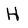
Character: H